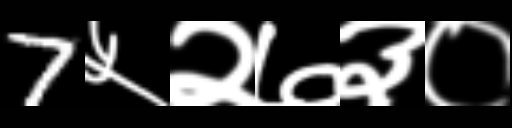
Text: 7५२७३०